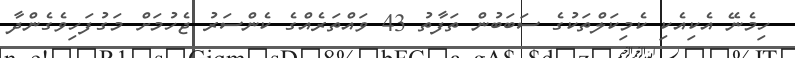
ހިމެނޭ އެކިއެކި ކެމިކަލްތަކުގެ ސަބަބުން ތަފާތު 43 ވައްތަރެއްގެ ކެންސަރު ޖެހުމަށް މަގުފަހިވެގެންދާ